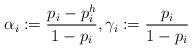
LaTeX: \begin{align*} \alpha_i:=\frac{p_i-p_i^h}{1-p_i}, \gamma_i:=\frac{p_i}{1-p_i} \end{align*}